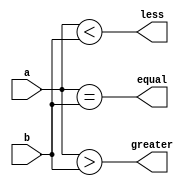
module comparator_32bit (
    input [31:0] a,
    input [31:0] b,
    output equal,
    output greater,
    output less
);

assign equal = (a == b);
assign greater = (a > b);
assign less = (a < b);

endmodule